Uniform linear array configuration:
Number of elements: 24
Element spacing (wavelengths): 0.75
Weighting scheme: kaiser
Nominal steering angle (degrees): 45
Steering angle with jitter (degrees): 46.614
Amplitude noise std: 0.05
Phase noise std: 0.05

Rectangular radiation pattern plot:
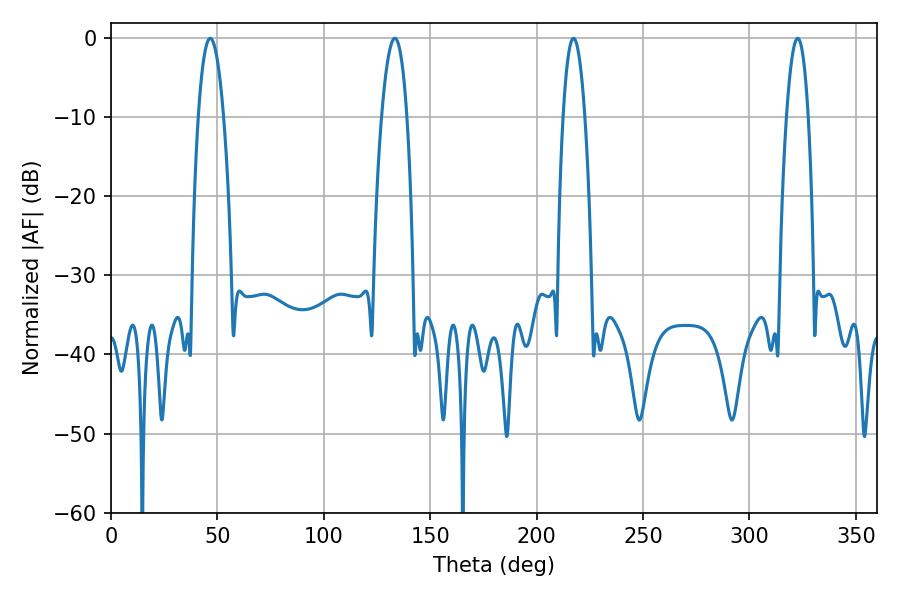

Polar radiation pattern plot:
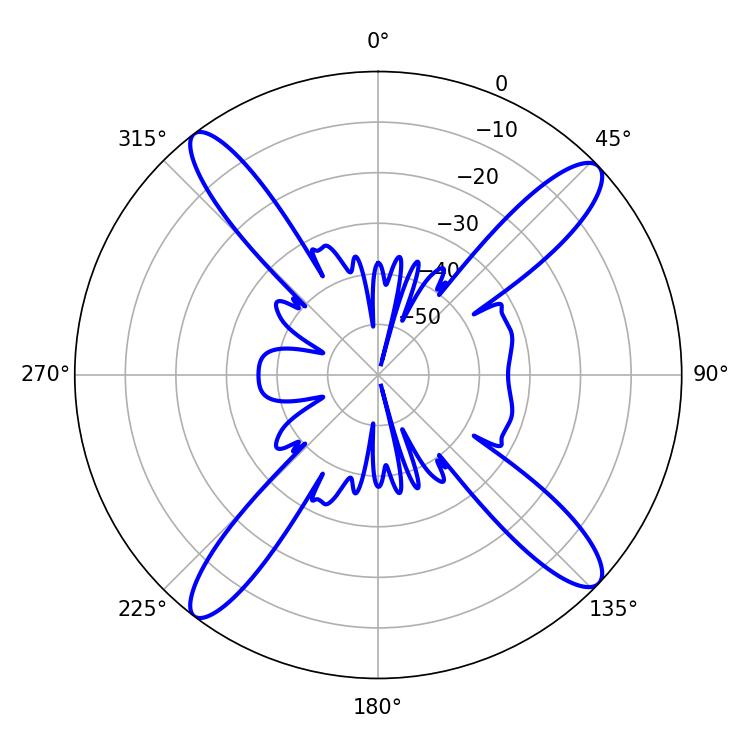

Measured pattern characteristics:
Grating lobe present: TRUE
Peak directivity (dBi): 15.947
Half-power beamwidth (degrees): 6.66
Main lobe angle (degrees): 46.62